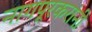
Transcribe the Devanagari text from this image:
नागपूरकरांनी